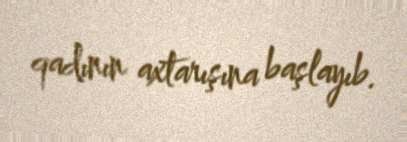
qadının axtarışına başlayıb.